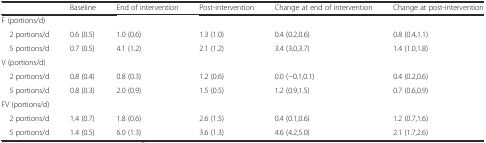
<table><thead><tr><td></td><td><b>Baseline</b></td><td><b>End of intervention</b></td><td><b>Post-intervention</b></td><td><b>Change at end of intervention</b></td><td><b>Change at post-intervention</b></td></tr></thead><tbody><tr><td>F (portions/d)</td><td></td><td></td><td></td><td></td><td></td></tr><tr><td> 2 portions/d</td><td>0.6 (0.5)</td><td>1.0 (0.6)</td><td>1.3 (1.0)</td><td>0.4 (0.2,0.6)</td><td>0.8 (0.4,1.1)</td></tr><tr><td> 5 portions/d</td><td>0.7 (0.5)</td><td>4.1 (1.2)</td><td>2.1 (1.2)</td><td>3.4 (3.0,3.7)</td><td>1.4 (1.0,1.8)</td></tr><tr><td>V (portions/d)</td><td></td><td></td><td></td><td></td><td></td></tr><tr><td> 2 portions/d</td><td>0.8 (0.4)</td><td>0.8 (0.3)</td><td>1.2 (0.6)</td><td>0.0 (−0.1,0.1)</td><td>0.4 (0.2,0.6)</td></tr><tr><td> 5 portions/d</td><td>0.8 (0.3)</td><td>2.0 (0.9)</td><td>1.5 (0.5)</td><td>1.2 (0.9,1.5)</td><td>0.7 (0.6,0.9)</td></tr><tr><td>FV (portions/d)</td><td></td><td></td><td></td><td></td><td></td></tr><tr><td> 2 portions/d</td><td>1.4 (0.7)</td><td>1.8 (0.6)</td><td>2.6 (1.5)</td><td>0.4 (0.1,0.6)</td><td>1.2 (0.7,1.6)</td></tr><tr><td> 5 portions/d</td><td>1.4 (0.5)</td><td>6.0 (1.3)</td><td>3.6 (1.3)</td><td>4.6 (4.2,5.0)</td><td>2.1 (1.7,2.6)</td></tr></tbody></table>